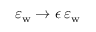
\varepsilon _ { \mathrm { w } } \rightarrow \epsilon \, \varepsilon _ { \mathrm { w } }